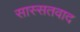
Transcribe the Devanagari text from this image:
सास्सतवाद